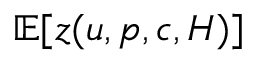
\mathbb { E } [ z ( u , p , c , H ) ]